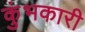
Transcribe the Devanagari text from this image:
कुंभकारी